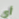
أي